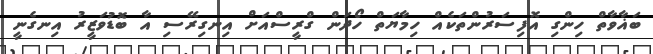
ބަޣާވާތް ހިންގި އޮފިސަރުންތަކެއް ހިމާޔަތް ހޯދަން ގްރީސްއަށް އިނގިރޭސި އާ ބޮޑުވަޒީރު އިނގެނީ